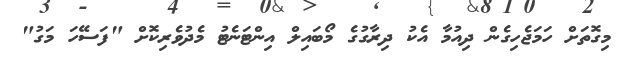
މިގޮތަށް ހަމަޖެހިގެން ދިއުމާ އެކު ދިރާގުގެ މޯބައިލް އިންޓަނެޓު މެދުވެރިކޮށް "ފަސޭހަ މަގު"